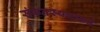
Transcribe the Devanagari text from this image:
संकेतस्थळाकडे